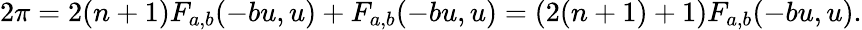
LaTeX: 2\pi=2(n+1)F_{a,b}(-bu,u)+F_{a,b}(-bu,u)=(2(n+1)+1)F_{a,b}(-bu,u).